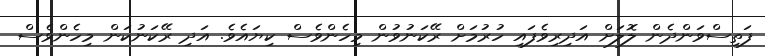
ފަތިސްވަންދެން ލޮލަށް އަދިރިވެފައި ހުރުމަށް ރޭކަނުވުން މިހެންވެސް ކިޔައެވެ. އަދި ރޭކަނުކަން މިހެންވެސް